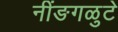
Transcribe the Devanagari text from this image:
नींङगळुटे